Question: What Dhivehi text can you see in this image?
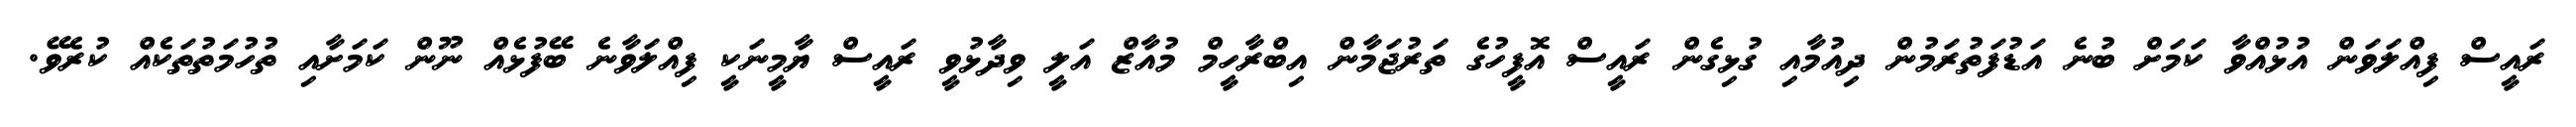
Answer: ރައީސް ފިއްލަވަން އުޅުއްވާ ކަމަށް ބުނެ އަޑުފަތުރަމުން ދިއުމާއި ގުޅިގެން ރައީސް އޮފީހުގެ ތަރުޖަމާން އިބްރާހީމް މުއާޒް އަލީ ވިދާޅުވީ ރައީސް ޔާމީނަކީ ފިއްލަވާނެ ބޭފުޅެއް ނޫން ކަމަށާއި ތުހުމަތުތަކެއް ކުރެވޭ.